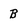
Character: B